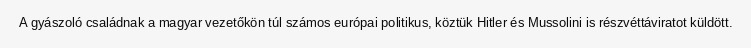
A gyászoló családnak a magyar vezetőkön túl számos európai politikus, köztük Hitler és Mussolini is részvéttáviratot küldött.